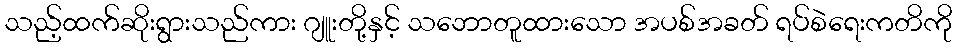
သည့်ထက်ဆိုးရွားသည်ကား ဂျူးတို့နှင့် သဘောတူထားသော အပစ်အခတ် ရပ်စဲရေးကတိကို